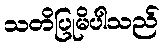
သတိပြုမိပါသည်